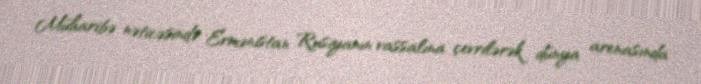
Müharibə nəticəsində Ermənistan Rusiyanın vassalına çevrilərək dünya arenasında